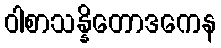
ဝါစာသန္နိတောဒကေန